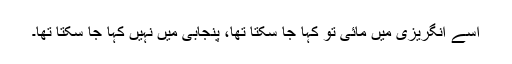
اسے انگریزی میں مائی تو کہا جا سکتا تھا، پنجابی میں نہیں کہا جا سکتا تھا۔